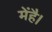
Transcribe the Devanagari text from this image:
मेंहै।